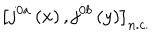
\left[ j ^ { 0 a } \left( x \right) , j ^ { 0 b } \left( y \right) \right] _ { n . c . }